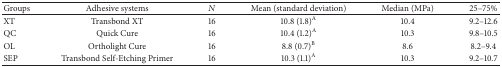
| Groups | Adhesive systems | N | Mean (standard deviation) | Median (MPa) | 25–75% |
 | --- | --- | --- | --- | --- | --- |
 | XT | Transbond XT | 16 | 10.8 (1.8)A | 10.4 | 9.2–12.6 |
 | QC | Quick Cure | 16 | 10.4 (1.2)A | 10.3 | 9.8–10.5 |
 | OL | Ortholight Cure | 16 | 8.8 (0.7)B | 8.6 | 8.2–9.4 |
 | SEP | Transbond Self-Etching Primer | 16 | 10.3 (1.1)A | 10.3 | 9.2–10.7 |